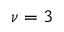
\nu = 3